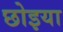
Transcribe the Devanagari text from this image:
छोइया